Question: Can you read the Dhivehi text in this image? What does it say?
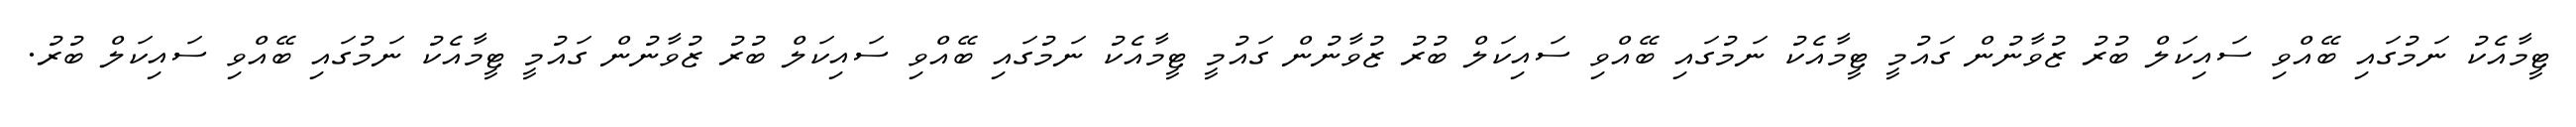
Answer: ޓީމާއެކު ނަމުގައި ބޭއްވި ސައިކަލް ބުރު ޒުވާނުން ގައުމީ ޓީމާއެކު ނަމުގައި ބޭއްވި ސައިކަލް ބުރު ޒުވާނުން ގައުމީ ޓީމާއެކު ނަމުގައި ބޭއްވި ސައިކަލް ބުރު ޒުވާނުން ގައުމީ ޓީމާއެކު ނަމުގައި ބޭއްވި ސައިކަލް ބުރު.